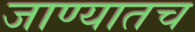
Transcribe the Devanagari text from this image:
जाण्यातच